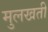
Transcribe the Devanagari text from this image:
मुलखती